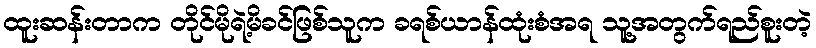
ထူးဆန်းတာက တိုင်မိုရဲ့မိခင်ဖြစ်သူက ခရစ်ယာန်ထုံးစံအရ သူ့အတွက်ရည်စူးတဲ့